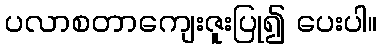
ပလာစတာကျေးဇူးပြု၍ ပေးပါ။